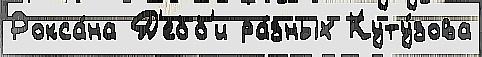
Рокса́на Д'ебб'и ра́зных Куту́зова